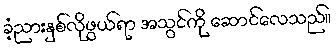
ခံ့ညားနှစ်လိုဖွယ်ရာ အသွင်ကို ဆောင်လေသည်။